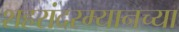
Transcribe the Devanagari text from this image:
शहरांदरम्यानच्या